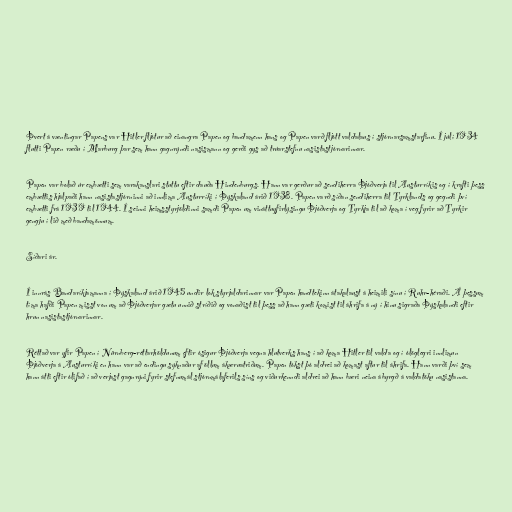
Þvert á væntingar Papens var Hitler fljótur að einangra Papen og bandamenn hans og Papen varð fljótt valdalaus í stjórnarsamstarfinu. Í júlí 1934
flutti Papen ræðu í Marburg þar sem hann gagnrýndi nasismann og gerði gys að trúarstefnu nasistastjórnarinnar.

Papen var bolað úr embætti sem varakanslari stuttu eftir dauða Hindenburgs. Hann var gerður að sendiherra Þjóðverja til Austurríkis og í krafti þess
embættis hjálpaði hann nasistastjórninni að innlima Austurríki í Þýskaland árið 1938. Papen varð síðan sendiherra til Tyrklands og gegndi því
embætti frá 1939 til 1944. Í seinni heimsstyrjöldinni samdi Papen um vináttuyfirlýsingu Þjóðverja og Tyrkja til að koma í veg fyrir að Tyrkir
gengju í lið með bandamönnum.

Síðari ár.

Í innrás Bandaríkjamanna í Þýskaland árið 1945 undir lok styrjaldarinnar var Papen handtekinn átakalaust á heimili sínu í Ruhr-héraði. Á þessum
tíma hafði Papen misst von um að Þjóðverjar gætu unnið stríðið og vonaðist til þess að hann gæti komist til áhrifa á ný í hinu sigraða Þýskalandi eftir
hrun nasistastjórnarinnar.

Réttað var yfir Papen í Nürnberg-réttarhöldunum eftir ósigur Þjóðverja vegna hlutverks hans í að koma Hitler til valda og í ólöglegri innlimun
Þjóðverja á Austurríki en hann var að endingu sýknaður af öllum ákæruatriðum. Papen tókst þó aldrei að komast aftur til áhrifa. Hann varði því sem
hann átti eftir ólifað í að verjast gagnrýni fyrir stefnumál stjórnmálaferils síns og viðurkenndi aldrei að hann bæri neina ábyrgð á valdatöku nasistanna.